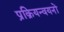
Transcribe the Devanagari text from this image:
प्रक्रियन्वयनों